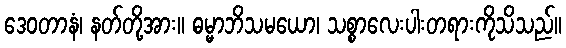
ဒေဝတာနံ၊ နတ်တို့အား။ ဓမ္မာဘိသမယော၊ သစ္စာလေးပါးတရားကိုသိသည်။